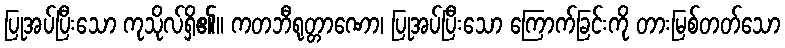
ပြုအပ်ပြီးသော ကုသိုလ်ရှိ၏။ ကတဘီရုတ္တာဏော၊ ပြုအပ်ပြီးသော ကြောက်ခြင်းကို တားမြစ်တတ်သော